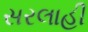
સરલાહી